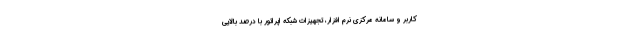
کاربر و سامانه مرکزی نرم افزار، تجهیزات شبکه اپراتور با درصد بالایی